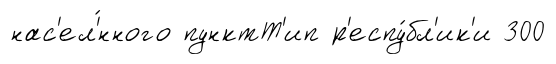
нас'ел'́нного пунктТ'ип р'еспу́бл'ик'и 300